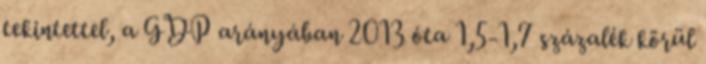
tekintettel, a GDP arányában 2013 óta 1,5-1,7 százalék körül